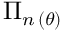
\Pi _ { n \, ( \theta ) }